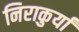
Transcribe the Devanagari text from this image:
निराकुर्यां